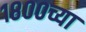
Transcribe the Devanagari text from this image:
१८००च्या